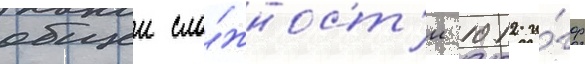
общеи сло́жност'и 1012 и́гр